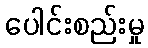
ပေါင်းစည်းမှု